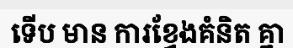
ទើប មាន ការខ្វែងគំនិត គ្នា